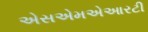
એસએમએઆરટી